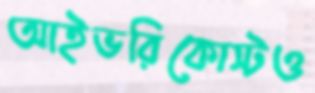
আইভরিকোস্টও